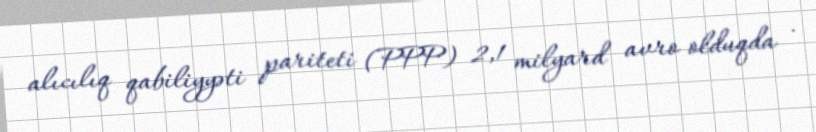
alıcılıq qabiliyyəti pariteti (PPP) 2,1 milyard avro olduqda .